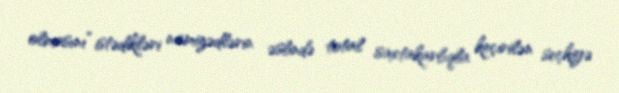
olmasını” istədikləri namizədlərin əslində total saxtakarlıqla keçirilən seçkiyə